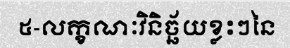
៥-លក្ខណៈវិនិច្ឆ័យខ្លះៗនៃ